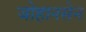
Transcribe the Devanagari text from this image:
जोहानसेन